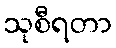
သုစီရတာ